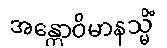
အန္တောဝိမာနသ္မိံ